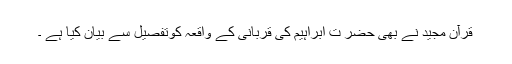
قرآن مجید نے بھی حضر ت ابراہیم کی قربانی کے واقعہ کوتفصیل سے بیان کیا ہے ۔